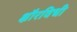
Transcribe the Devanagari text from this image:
क्षौरविधी